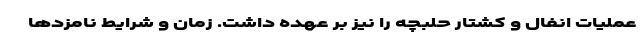
عملیات انفال و کشتار حلبچه را نیز بر عهده داشت. زمان و شرایط نامزدها